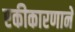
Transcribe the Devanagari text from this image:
एकीकारणाने